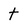
Character: t